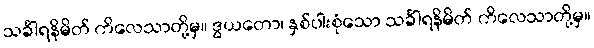
သင်္ခါရနိမိတ် ကိလေသာတို့မှ။ ဒွယတော၊ နှစ်ပါးစုံသော သင်္ခါရနိမိတ် ကိလေသာတို့မှ။